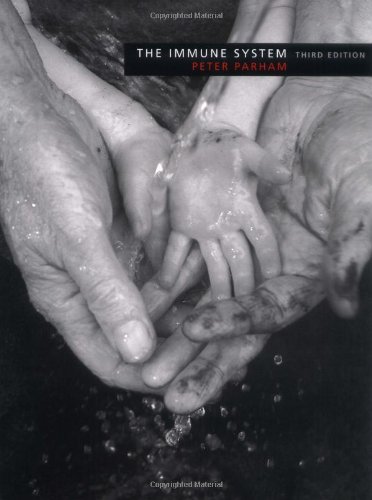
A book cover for The Immune System, 3rd Edition; Peter Parham; Health, Fitness & Dieting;